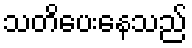
သတိပေးနေသည်